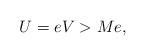
LaTeX: \begin{align*}U = e V> Me,\end{align*}